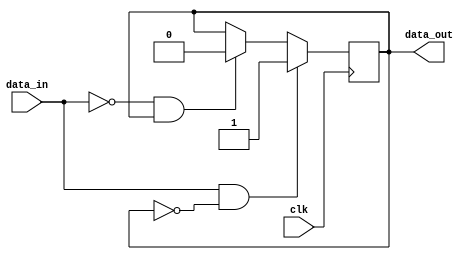
module schmitt_trigger_buffer (
    input wire clk,
    input wire data_in,
    output reg data_out
);

parameter HYST_HIGH = 1'b1;
parameter HYST_LOW = 1'b0;

reg state;

always @(posedge clk) begin
    if (data_in && !state) begin
        state <= HYST_HIGH;
    end else if (!data_in && state) begin
        state <= HYST_LOW;
    end
end

assign data_out = state;

endmodule